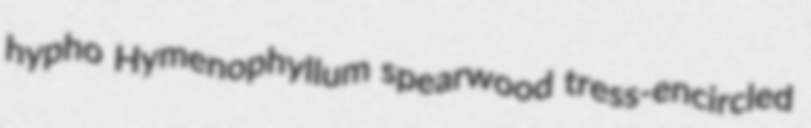
hypho Hymenophyllum spearwood tress-encircled